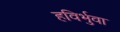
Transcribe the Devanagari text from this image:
हविर्भुवा